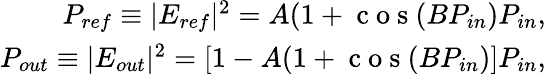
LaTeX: \begin{array}{r}{P_{ref}\equiv|E_{ref}|^{2}=A(1+\mathrm{~c~o~s~}(BP_{in})P_{in},}\\ {P_{out}\equiv|E_{out}|^{2}=[1-A(1+\mathrm{~c~o~s~}(BP_{in})]P_{in},}\end{array}